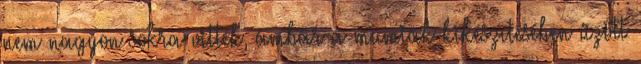
nem nagyon sokra vitték, ámbár a mumiák kikészítésében űzött